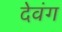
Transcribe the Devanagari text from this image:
देवंग